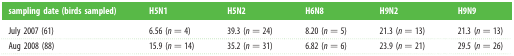
<table><thead><tr><td><b>sampling date (birds sampled)</b></td><td><b>H5N1</b></td><td><b>H5N2</b></td><td><b>H6N8</b></td><td><b>H9N2</b></td><td><b>H9N9</b></td></tr></thead><tbody><tr><td>July 2007 (61)</td><td>6.56 (<i>n</i> = 4)</td><td>39.3 (<i>n</i> = 24)</td><td>8.20 (<i>n</i> = 5)</td><td>21.3 (<i>n</i> = 13)</td><td>21.3 (<i>n</i> = 13)</td></tr><tr><td>Aug 2008 (88)</td><td>15.9 (<i>n</i> = 14)</td><td>35.2 (<i>n</i> = 31)</td><td>6.82 (<i>n</i> = 6)</td><td>23.9 (<i>n</i> = 21)</td><td>29.5 (<i>n</i> = 26)</td></tr></tbody></table>